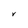
Character: V